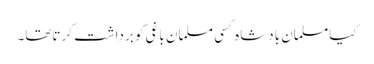
کیامسلمان بادشاہ کسی مسلمان باغی کو برداشت کرتاتھا۔